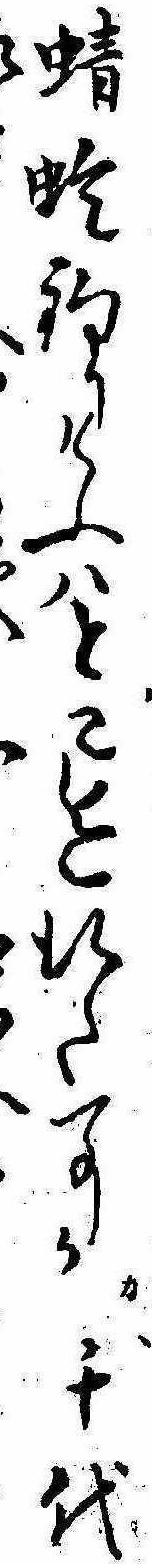
蜻蛉釣りけふはとこ迄行た事か千代